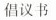
倡议书